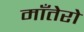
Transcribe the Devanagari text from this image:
माँतेरो